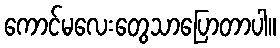
ကောင်မလေးတွေသာပြောတာပါ။